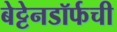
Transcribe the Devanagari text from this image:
बेट्टेनडॉर्फची